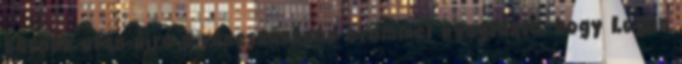
barokk után újra a reneszánszon örömmel nyugtázta, hogy Logan